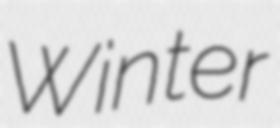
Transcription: Winter